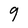
Character: 9